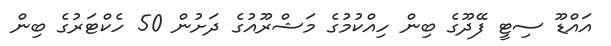
އައްޑޫ ސިޓީ ފޭދޫގެ ބިން ހިއްކުމުގެ މަޝްރޫއުގެ ދަށުން 50 ހެކްޓަރުގެ ބިން